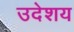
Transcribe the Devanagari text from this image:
उदेशय